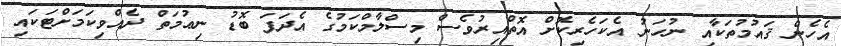
އެހެން ޤައުމުތަކާއި ނުހަނު އެކަހެރިކޮށް އޮތްއިރުވެސް މިސްލާމްކަމުގެ އެދަފަ ބޮޑު ނިޢުމަތް ދެއްވިކަމަށްޓަކައި